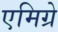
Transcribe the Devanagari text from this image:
एमिग्रे